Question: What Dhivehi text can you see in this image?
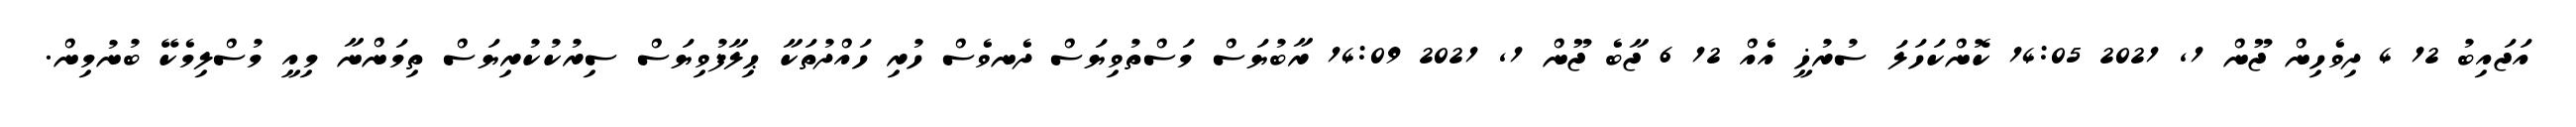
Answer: އަޖައިބު 12 4 ދިވެހިން ޖޫން 1, 2021 14:05 ކޮންކަހަލަ ސުރުޚީ އެއް 12 6 ޖާބެ ޖޫން 1, 2021 14:09 ރާބުޔަސް މަސްތުވިޔަސް ދެނވެސް ހުރި ހައްދުތަކާ ޙިލާފުވިޔަސް ސިރުކުކުރިޔަސް ތިމަންނާ މިއީ މުސްލިމެކޭ ބުނުމިން.